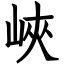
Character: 峽